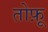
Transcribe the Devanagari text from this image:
तोफ़ू